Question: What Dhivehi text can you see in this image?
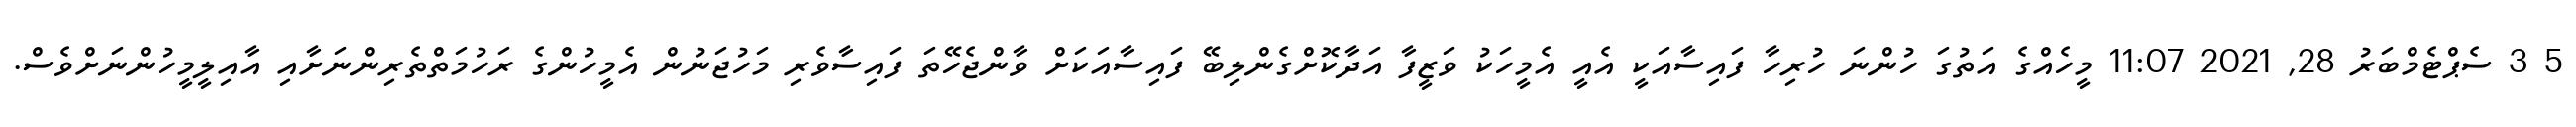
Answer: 5 3 ސެޕްޓެމްބަރު 28, 2021 11:07 މީހެއްގެ އަތުގަ ހުންނަ ހުރިހާ ފައިސާއަކީ އެއީ އެމީހަކު ވަޒީފާ އަދާކޮށްގެންލިބޭ ފައިސާއަކަށް ވާންޖެހޭތަ ފައިސާވެރި މަހުޖަނުން އެމީހުންގެ ރަހުމަތްތެރިންނަށާއި އާއިލީމީހުންނަށްވެސް.